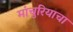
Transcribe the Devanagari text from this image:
मांचुरियाचा